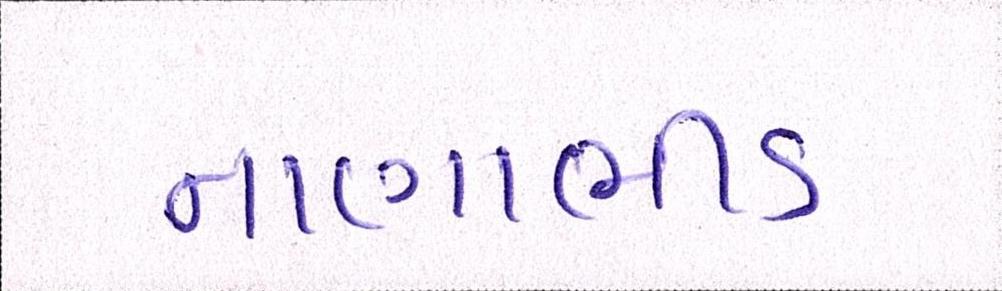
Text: નાણાભીડ